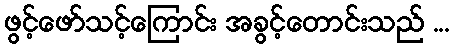
ဖွင့်ဖော်သင့်ကြောင်း အခွင့်တောင်းသည် ...